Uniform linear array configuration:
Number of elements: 8
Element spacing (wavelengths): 1
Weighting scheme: kaiser
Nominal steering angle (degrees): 0
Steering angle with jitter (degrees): -1.316
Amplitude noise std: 0.05
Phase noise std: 0.05

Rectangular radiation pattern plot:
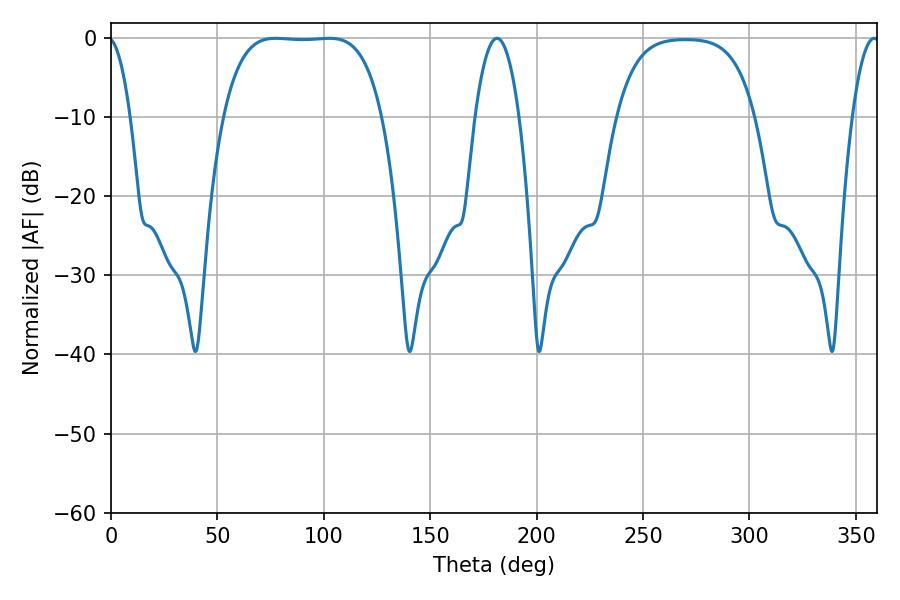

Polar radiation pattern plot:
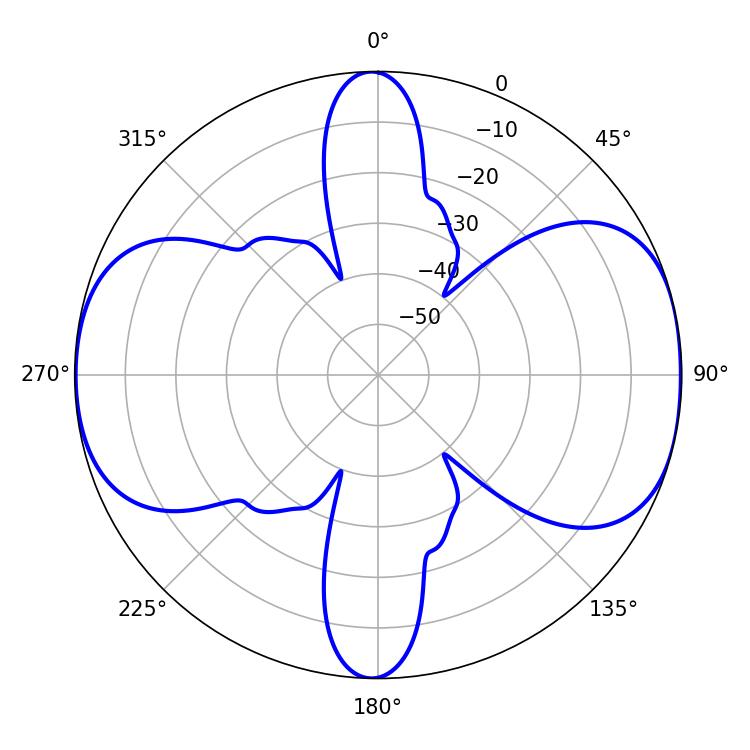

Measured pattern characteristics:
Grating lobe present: TRUE
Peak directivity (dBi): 9.898
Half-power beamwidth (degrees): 57.6
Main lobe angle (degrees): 77.4